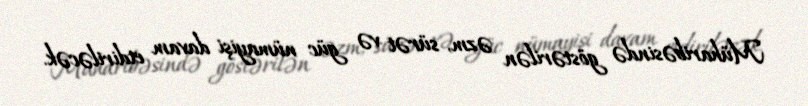
Müharibəsində göstərilən əzm, sürət və güc nümayişi davam etdiriləcək.